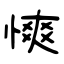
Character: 慡